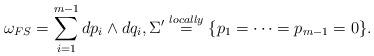
LaTeX: \begin{align*}\omega_{FS}= \sum_{i=1}^{m-1} dp_i\wedge dq_i ,\Sigma' \overset{locally}{=} \{p_1=\cdots=p_{m-1}=0\}.\end{align*}